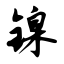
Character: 镍